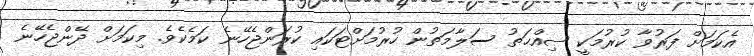
އެކަމަށް ފަރުވާ ކުރުމަކީ ޞިއްޙަތު ސަލާމަތުން ހުރުމަށްޓަކައި ކުރަންޖެހޭނެ ކަމެކެވެ. މިކަމަށް ދޭންޖެހޭނެ